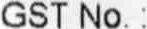
GST NO.: